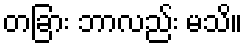
တခြား ဘာလည်း မသိ။